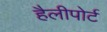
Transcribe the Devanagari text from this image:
हैलीपोर्ट